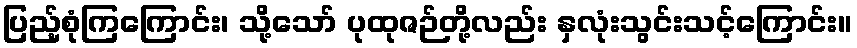
ပြည့်စုံကြကြောင်း၊ သို့သော် ပုထုဇဉ်တို့လည်း နှလုံးသွင်းသင့်ကြောင်း။